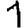
Digit: 1